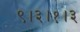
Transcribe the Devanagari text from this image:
९।३।१।३